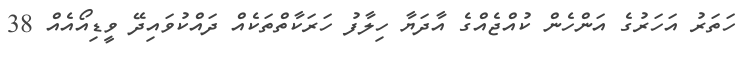
ހަތަރު އަހަރުގެ އަންހެން ކުއްޖެއްގެ އާދަޔާ ހިލާފު ހަރަކާތްތަކެއް ދައްކުވައިދޭ ވީޑިއޯއެއް 38